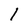
Character: l